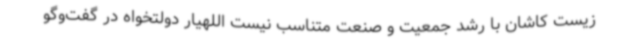
زیست کاشان با رشد جمعیت و صنعت متناسب نیست اللهیار دولتخواه در گفت‌وگو